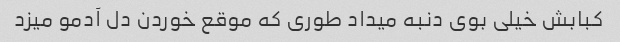
کبابش خیلی بوی دنبه میداد طوری که موقع خوردن دل آدمو میزد